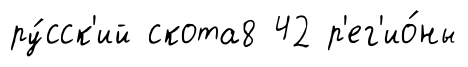
ру́сск'ий скота8 42 р'ег'ио́ны